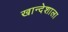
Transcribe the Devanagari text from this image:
खान्देशाला